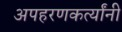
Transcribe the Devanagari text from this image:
अपहरणकर्त्यांनी